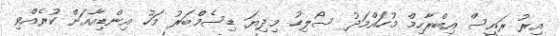
އިރު ރައީސް އިބްރާހިމް މުހައްމަދު ސޯލިހު މިދިޔަ ޑިސެމްބަރު މަހު އިންޑިއާއަށް ކުރެއްވި